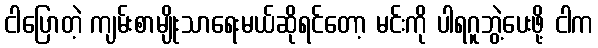
ငါပြောတဲ့ ကျမ်းစာမျိုးသာရေးမယ်ဆိုရင်တော့ မင်းကို ပါရဂူဘွဲ့ပေးဖို့ ငါက